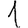
Digit: 1